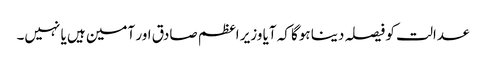
عدالت کو فیصلہ دینا ہوگا کہ آیا وزیر اعظم صادق اور آمین ہیں یا نہیں۔